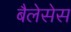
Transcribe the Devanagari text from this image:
बैलेसेस